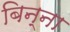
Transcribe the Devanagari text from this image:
बिन्ना